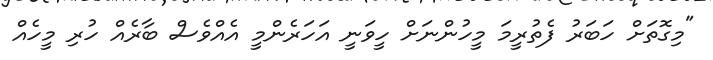
"މިގޮތަށް ހަބަރު ފެތުރީމަ މީހުންނަށް ހީވަނީ އަހަރެންމީ އެއްވެސް ބާރެއް ހުރި މީހެއް